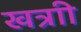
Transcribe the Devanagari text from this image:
खत्राी